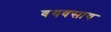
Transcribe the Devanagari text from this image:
वयवसाय